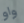
واو